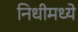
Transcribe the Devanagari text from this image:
निधीमध्ये